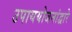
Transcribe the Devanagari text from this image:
उपाययोजनांद्वारे